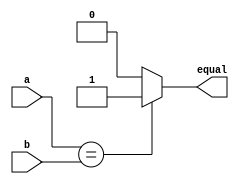
`timescale 1ns / 1ps
//////////////////////////////////////////////////////////////////////////////////
// Company: 
// Engineer: 
// 
// Design Name: 
// Module Name: comparator
// Project Name: 
// Target Devices: 
// Tool Versions: 
// Description: 
// 
// Dependencies: 
// 
// Revision:
// Revision 0.01 - File Created
// Additional Comments:
// 
//////////////////////////////////////////////////////////////////////////////////


module comparator #(parameter W = 16) (
    input[W-1:0] a,
    input [W-1:0] b,
    output equal);
    
     assign equal = (a == b) ? 1'b1 : 1'b0;
endmodule